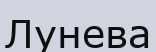
Лунева